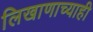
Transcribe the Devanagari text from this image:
लिखाणाच्याही